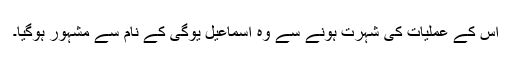
اس کے عملیات کی شہرت ہونے سے وہ اسماعیل یوگی کے نام سے مشہور ہوگیا۔